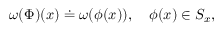
\omega ( \Phi ) ( x ) \doteq \omega ( \phi ( x ) ) , \quad \phi ( x ) \in { \cal S } _ { x } ,